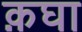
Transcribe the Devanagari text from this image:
क़घा